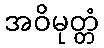
အဝိမုတ္တံ